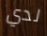
لدي